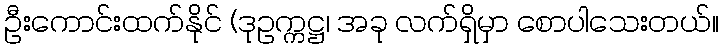
ဦးကောင်းထက်နိုင် (ဒုဥက္ကဋ္ဌ၊ အခု လက်ရှိမှာ စောပါသေးတယ်။